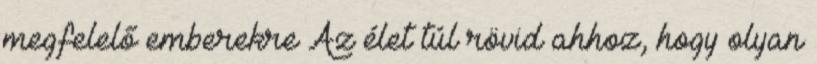
megfelelő emberekre Az élet túl rövid ahhoz, hogy olyan